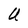
Character: U